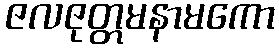
ဇလဇုတ္တမနာမကော